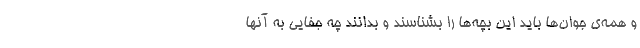
و همه‌ی جوان‌ها باید این بچه‌ها را بشناسند و بدانند چه جفایی به آنها